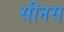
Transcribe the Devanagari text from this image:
सीनस